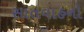
સાતવાહનો